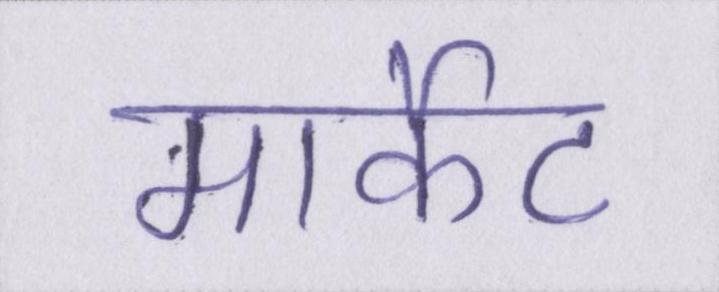
मार्केट